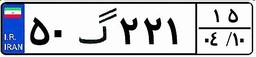
۵۰گ۲۲۱۱۵